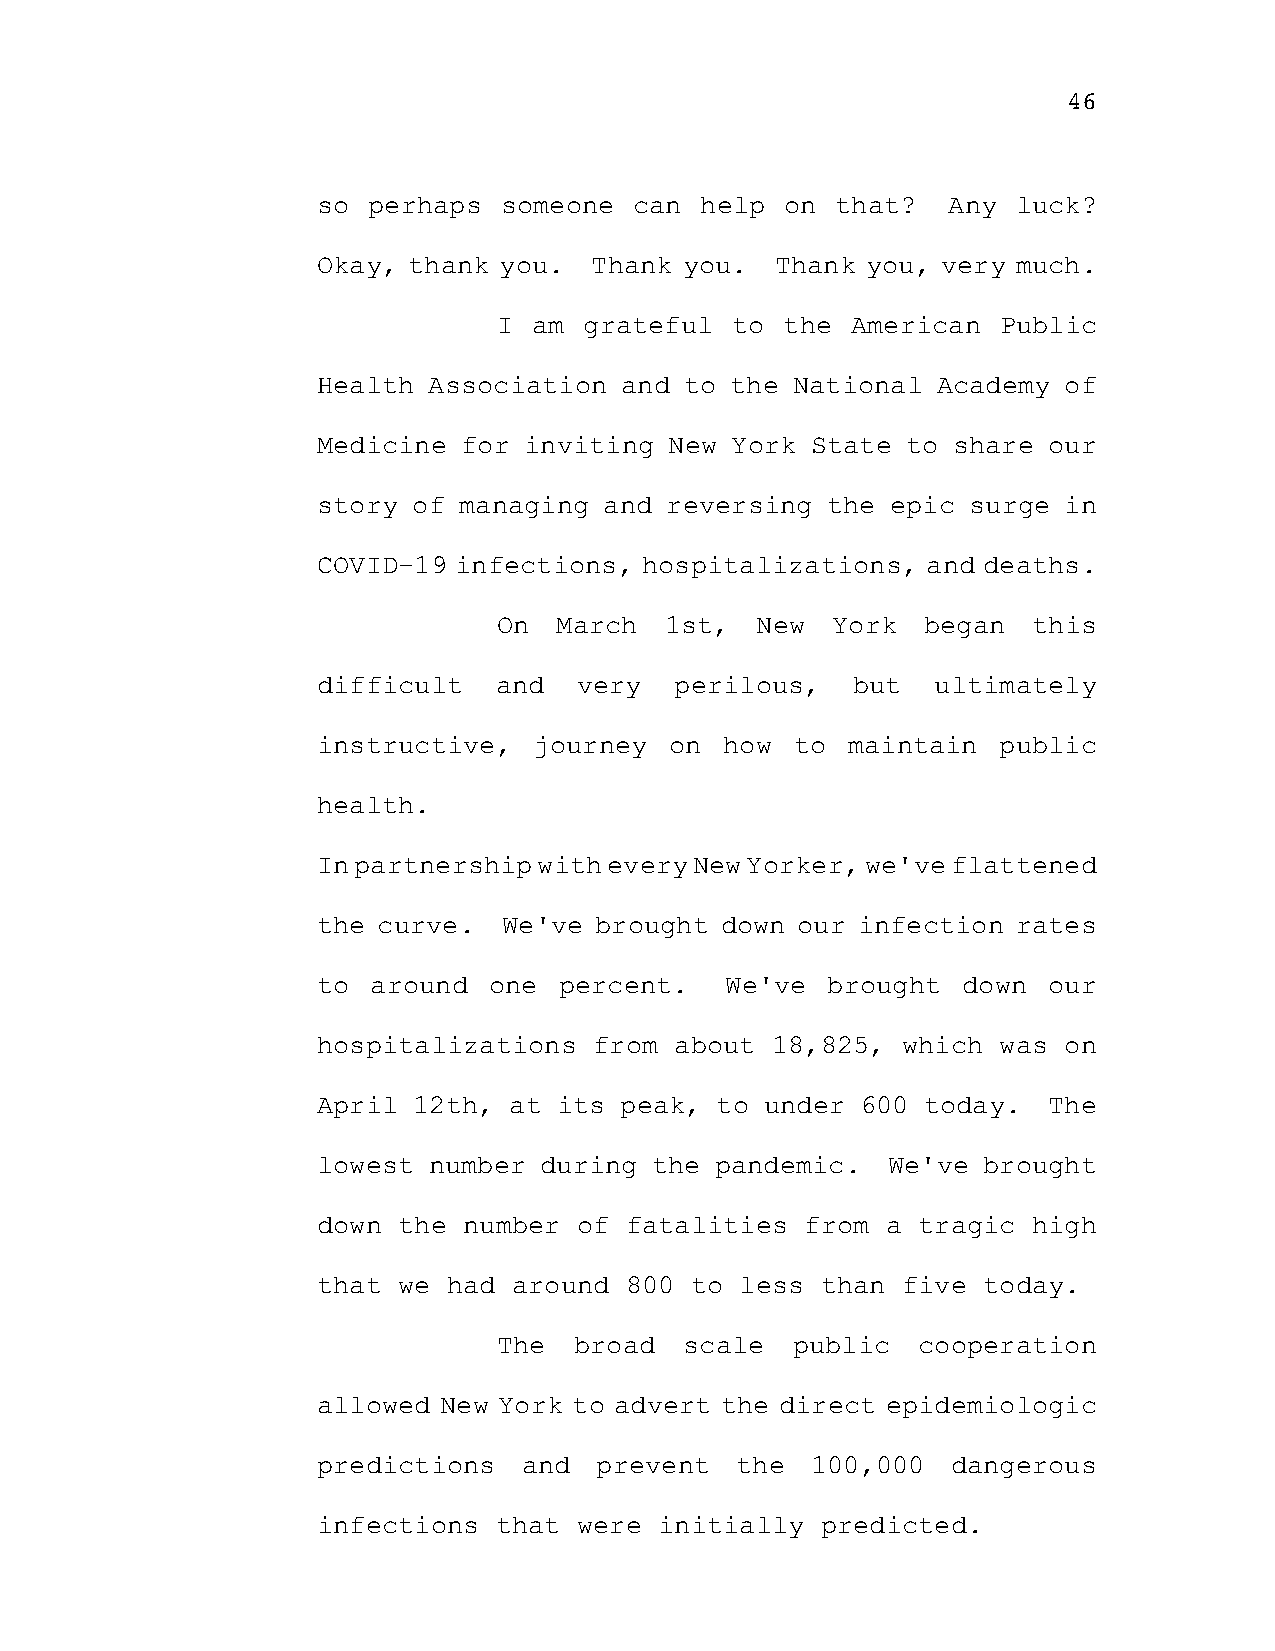
46
 so perhaps  someone  can help  on that?   Any luck?
 Okay, thank you.  Thank you.  Thank you, very much.
 I am  grateful to  the American  Public
 Health Association  and to the National  Academy of
 Medicine  for inviting New York  State to share our
 story of managing  and reversing  the epic surge in
 COVID-19 infections,  hospitalizations, and deaths.
 On  March  1st,  New  York  began  this
 difficult   and  very   perilous,  but   ultimately
 instructive,  journey  on  how  to maintain  public
 health.
 In partnership with every New Yorker, we've flattened
 the curve.  We've brought  down our infection rates
 to  around one  percent.   We've  brought  down our
 hospitalizations  from  about 18,825,  which was on
 April 12th,  at its peak, to  under 600 today.  The
 lowest number  during the pandemic.   We've brought
 down the  number of fatalities  from  a tragic high
 that we  had around 800  to less than  five today.
 The  broad  scale  public   cooperation
 allowed New York to advert the direct epidemiologic
 predictions   and prevent   the  100,000  dangerous
 infections  that were  initially predicted.